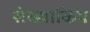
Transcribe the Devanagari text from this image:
संख्याकिय